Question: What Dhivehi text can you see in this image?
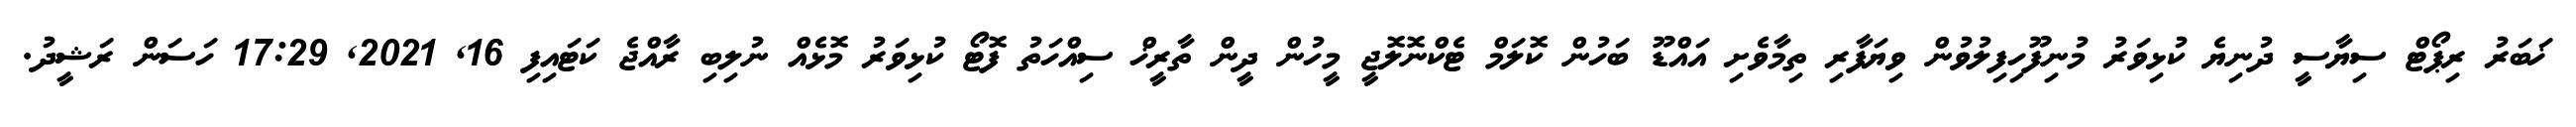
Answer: ޚަބަރު ރިޕޯޓް ސިޔާސީ ދުނިޔެ ކުޅިވަރު މުނިފޫހިފިލުވުން ވިޔަފާރި ތިމާވެށި އައްޑޫ ބަހުން ކޮލަމް ޓެކްނޮލޮޖީ މީހުން ދީން ތާރީޚް ސިއްހަތު ފޮޓޯ ކުޅިވަރު މޮޅެއް ނުލިބި ރާއްޖެ ކަޓައިފި 16, 2021, 17:29 ހަސަން ރަޝީދު.